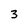
Character: 3